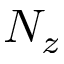
N _ { z }